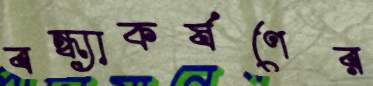
বন্ধ্যাকর্ষণের